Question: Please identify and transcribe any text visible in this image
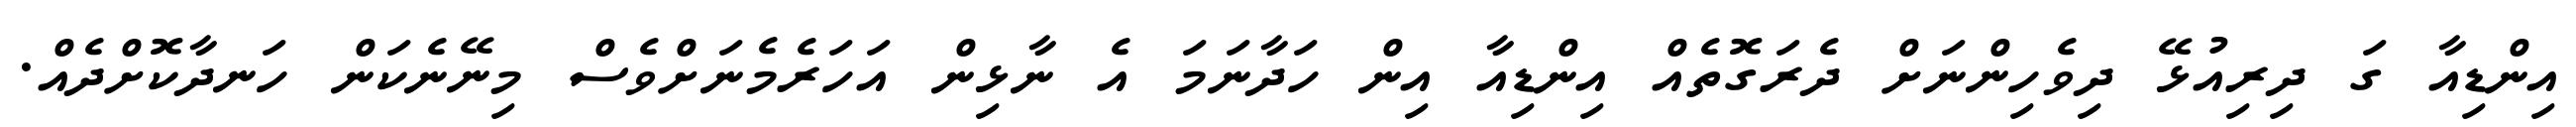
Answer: އިންޑިއާ ގަ ދިރިއުޅޭ ދިވެހިންނަށް ދެރަގޮތެއް އިންޑިއާ އިން ހަދާނަމަ އެ ނާޅިން އަހަރެމެނަށްވެސް މިނޭނެކަން ހަނދާކޮށްދެއް.